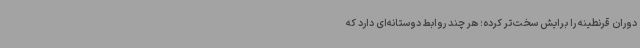
دوران قرنطینه را برایش سخت‌تر کرده؛ هر چند روابط دوستانه‌ای دارد که